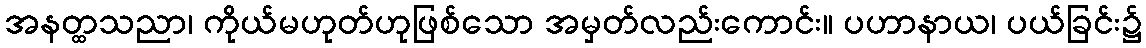
အနတ္ထသညာ၊ ကိုယ်မဟုတ်ဟုဖြစ်သော အမှတ်လည်းကောင်း။ ပဟာနာယ၊ ပယ်ခြင်း၌